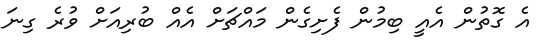
އެ ގޮތުން އެއީ ބިމުން ފެށިގެން މައްޗަށް އެއް ބުރިއަށް ވުރެ ގިނަ